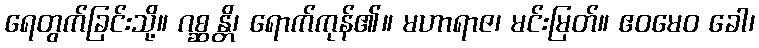
ရေတွက်ခြင်းသို့။ ဂစ္ဆန္တိ၊ ရောက်ကုန်၏။ မဟာရာဇ၊ မင်းမြတ်။ ဧဝမေဝ ခေါ၊